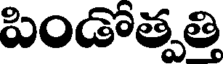
పిండోత్పత్తి